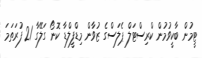
ޓީމުން ބާކީވުމުން ކްރިސްޓަލް ޕެލަސްގެ ޒުވާން މިޑްފީލްޑާ ކޮނޯ ގަލޭގާ 21 ފުރަތަމަ